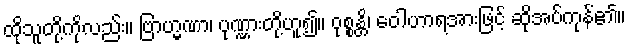
ထိုသူတို့ကိုလည်း။ ဗြာဟ္မဏာ၊ ပုဏ္ဏားတို့ဟူ၍။ ဝုစ္စန္တိ၊ ဝေါဟာရအားဖြင့် ဆိုအပ်ကုန်၏။